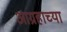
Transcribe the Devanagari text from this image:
आग्रहाच्या